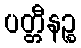
ပတ္တီနဉ္စ